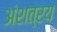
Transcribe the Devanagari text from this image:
अंशत्रय